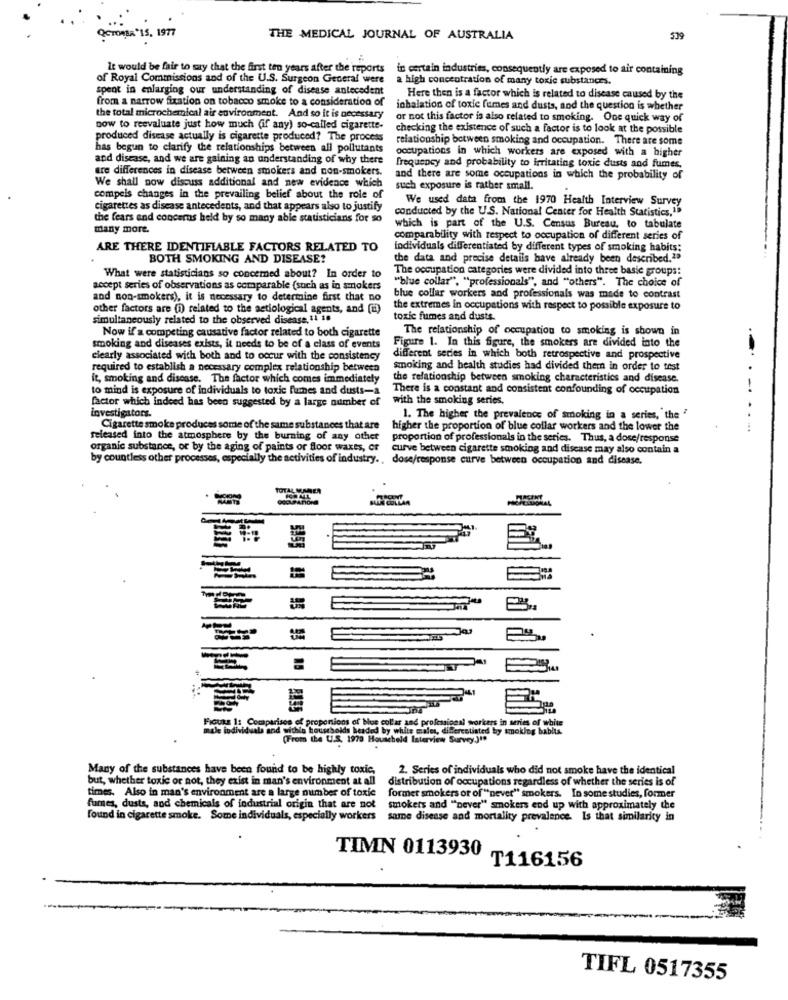
QCTORBA "15, 1977
THE MEDICAL JOURNAL OF AUSTRALIA
519
It would be fair to say that the first ten years after the reports
in certain industries, consequently are exposed to air containing
of Royal Commissions and of the U.S. Surgeon General were
a high concentration of many toxic substances.
spent in enlarging our understanding of disease antecedent
from a narrow fixation on tobacco smoke to a consideration of
Here then is a factor which is related to disease caused by the
inhalation of toxic fumes and dusts, and the question is whether
the total microchemical air environment. And so it is necessary
or not this factor is also related to smoking. One quick way of
now to reevaluate just how much (if any) so-called cigarette-
checking the existence of such a factor is to look at the possible
produced disease actually is cigarette produced? The process
relationship between smoking and occupation. There are some
has begun to clarify the relationships between all pollutants
occupations in which workers are exposed with a higher
and disease, and we are gaining an understanding of why there
are differences in disease between smokers and non-smokers.
frequency and probability to irritating toxic dusts and fumes.
and there are some occupations in which the probability of
We shall now discuss additional and new evidence which
such exposure is rather small.
compels changes in the prevailing belief about the role of
We used data from the 1970 Health Interview Survey
cigarettes as disease antecedents, and that appears also to justify
conducted by the U.S. National Center for Health Statistics,1ª
the fears and concerns held by so many able statisticians for so
many more.
which is part of the U.S. Census Bureau, to tabulate
comparability with respect to occupation of different series of
ARE THERE IDENTIFIABLE FACTORS RELATED TO
individuals differentiated by different types of smoking habits:
BOTH SMOKING AND DISEASE?
the data and precise details have already been described.""
The occupation categories were divided into three basie groups:
What were statisticians so concemed about? In order to
"blue collar", "professionals", and "others". The choice of
accept series of observations as comparable (such as in smokers
and non-smokers), it is necessary to determine first that no
blue collar workers and professionals was made to contrast
other factors are (i) related to the actiological agents, and (E)
the extremes in occupations with respect to possible exposure to
simultaneously related to the observed disease, 11 18
toxic fumes and dusts.
Now if's competing causative factor related to both cigarette
The relationship of occupation to smoking is shown in
smoking and diseases exists, it needs to be of a class of events
Figure 1. In this figure, the smokers are divided into the
clearly associated with both and to occur with the consistency
different series in which both retrospective and prospective
required to establish a necessary complex relationship between
smoking and health studies had divided them in order to test
it, smoking and disease. The factor which comes immediately
the relationship between smoking characteristics and disease.
to mind is exposure of individuals to toxic fumes and dusts-a
There is a constant and consistent confounding of occupation
factor which indeed has been suggested by a large number of
with the smoking series.
-
investigators.
1. The higher the prevalence of smoking in a series, the
Cigarette smoke produces some of the same substances that are
higher the proportion of blue collar workers and the lower the
released into the atmosphere by the burning of any other
proportion of professionals in the series. Thus, a dose/response
organic substance, or by the aging of paints or floor waxes, or
curve between cigarette smoking and disease may also contain a
by countless other processes, especially the activities of industry. , dose/response curve between occupation and disease.
TOTAL MANEN
Ficusz 1: Comparison of proportions of blue collar and professional workers in series of white
male individuals and within householdis headed by white males, differentiated by smoking habits.
(From the U.S. 1970 Houscheld Interview Survey.)"
Many of the substances have been found to be highly toxic.
2. Series of individuals who did not smoke have the identical
but, whether toxic or not, they exist in man's environment at all
distribution of occupations regardless of whether the series is of
times. Also in man's environment are a large number of toxic
former smokers or of "never" smokers. In some studies, former
fumes, dusta, and chemicals of industrial origin that are not
smokers and "Dever" smokers end up with approximately the
found in cigarette smoke. Some individuals, especially workers
same disease and mortality prevalence. Is that similarity in
TIMN 0113930
T116156
TIFL 0517355